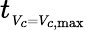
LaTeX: t_{_{V_{c}=V_{c,\operatorname*{max}}}}